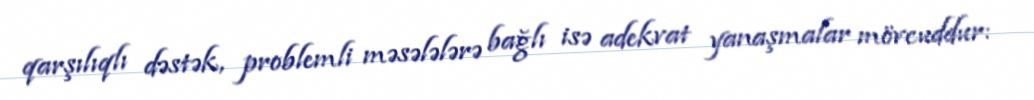
qarşılıqlı dəstək, problemli məsələlərə bağlı isə adekvat yanaşmalar mövcuddur: